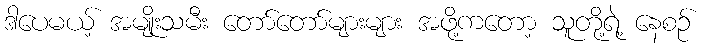
ဒါပေမယ့် အမျိုးသမီး တော်တော်များများ အဖို့ကတော့ သူတို့ရဲ့ နေစဉ်